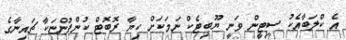
އެ ކްލަބާއެކު ސިޓީން ވަނީ ޔޫބިޓެކް ނަމަކަށް ކިޔާ ރޮބޮޓް ކުންފުންޏަކާ ޗައިނާގެ